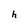
Character: h